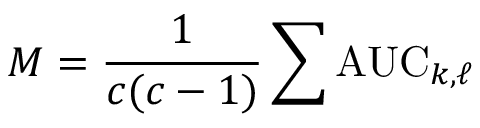
M = { \frac { 1 } { c ( c - 1 ) } } \sum \mathrm { A U C } _ { k , \ell }